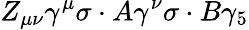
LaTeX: Z_{\mu\nu}\gamma^{\mu}\sigma\cdot A\gamma^{\nu}\sigma\cdot B\gamma_{5}